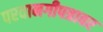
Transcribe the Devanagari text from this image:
परवानगीपत्रावर